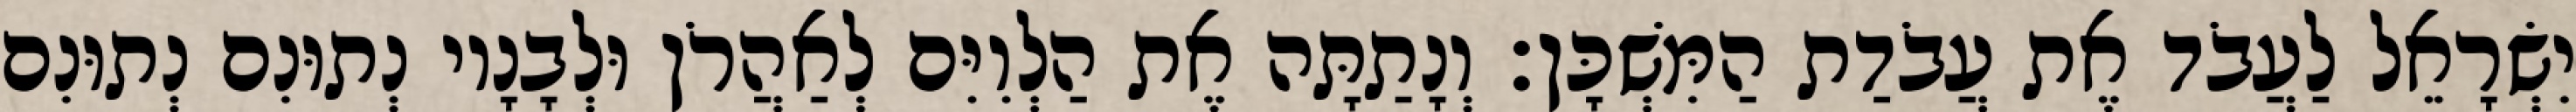
יִשְׂרָאֵל לַעֲבֹד אֶת עֲבֹדַת הַמִּשְׁכָּן׃ וְנָתַתָּה אֶת הַלְוִיִּם לְאַהֲרֹן וּלְבָנָיו נְתוּנִם נְתוּנִם